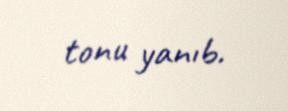
tonu yanıb.